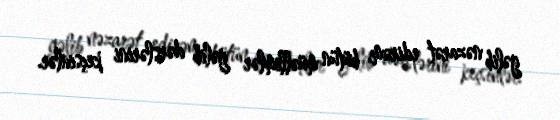
gəlib nəzarət edirəm, bütün müəllimlər gəlib dərslərini keçsinlər.